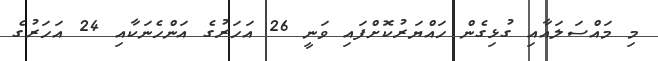
މި މައްސަލައާއި ގުޅިގެން ހައްޔަރުކޮށްފައި ވަނީ 26 އަހަރުގެ އަންހެނަކާއި 24 އަހަރުގެ